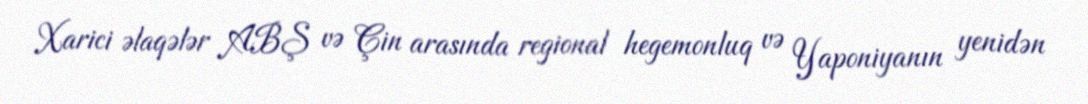
Xarici əlaqələr ABŞ və Çin arasında regional hegemonluq və Yaponiyanın yenidən